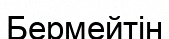
Бермейтін